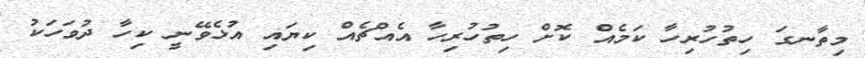
މިތާނގަ ހިތުހުރިހާ ކަމެއް ކޮށް ހިތުހުރިހާ އެއްޗެއް ކިޔައި އުޅެވޭނީ ކިހާ ދުވަހަކު